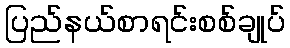
ပြည်နယ်စာရင်းစစ်ချုပ်